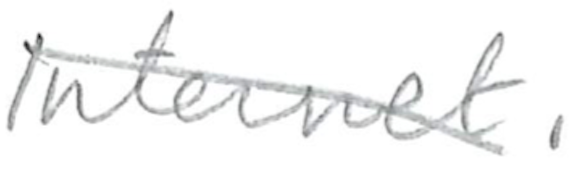
Text: Internet.
Cross-out: diagonal
Writing tool: pencil